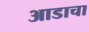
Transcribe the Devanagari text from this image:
आडाचा